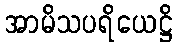
အာမိသပရိယေဋ္ဌိ